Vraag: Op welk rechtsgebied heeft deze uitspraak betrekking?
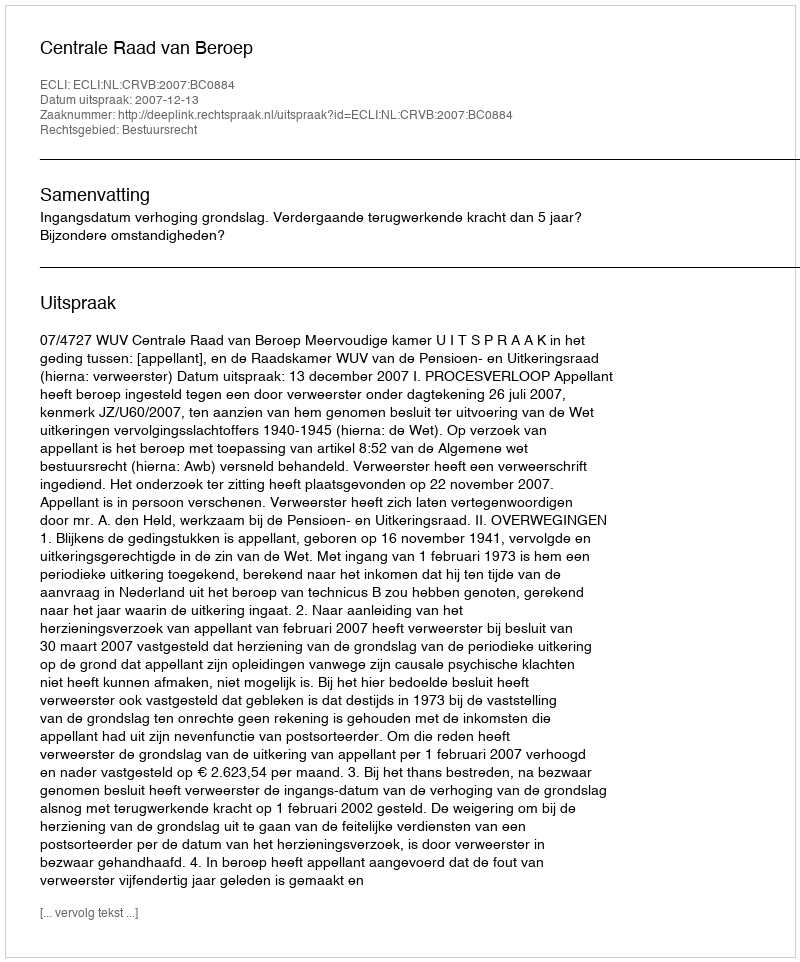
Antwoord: Bestuursrecht